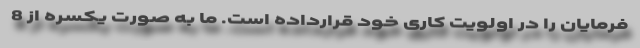
فرمایان را در اولویت کاری خود قرارداده است. ما به صورت یکسره از 8